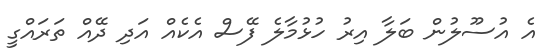
އެ އުސޫލުން ބަލާ އިރު ހުޅުމާލެ ފޭސް އެކެއް އަދި ދޭއް ތަރައްގީ